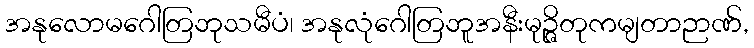
အနုလောမဂေါတြဘုသမီပံ၊ အနုလုံဂေါတြဘူအနီးမုဉ္ဇိတုကမျတာဉာဏ်,